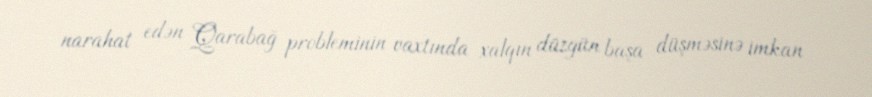
narahat edən Qarabağ probleminin vaxtında xalqın düzgün başa düşməsinə imkan